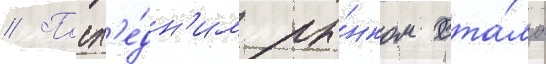
// Посл'е́дн'им ры́нком ста́ла